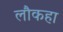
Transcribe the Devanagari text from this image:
लौकहा